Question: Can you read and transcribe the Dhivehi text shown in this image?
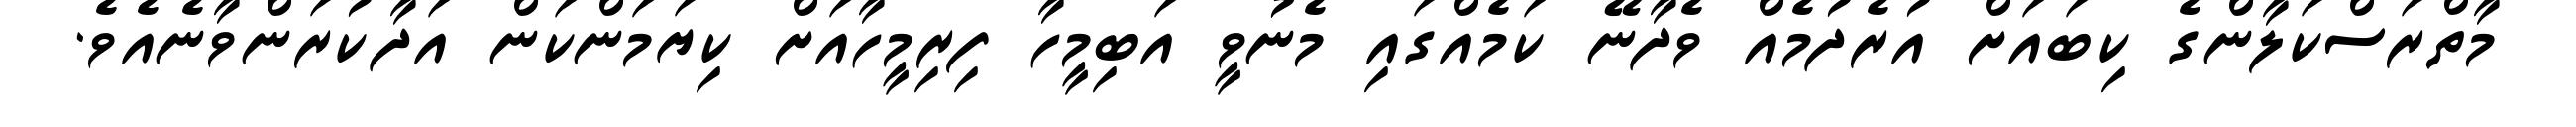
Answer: މާތްރަސްކަލާންގެ ކިބައަށް އުރެދުމެއް ވެދާނޭ ކަމެއްގައި މެނުވީ އަބިމީހާ ފިރިމީހާއަށް ކިޔަމަންކަން އަދާކުރަންވާނެއެވެ.